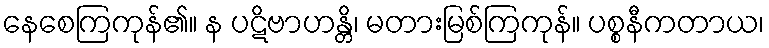
နေစေကြကုန်၏။ န ပဋိဗာဟန္တိ၊ မတားမြစ်ကြကုန်။ ပစ္စနီကတာယ၊